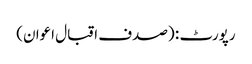
رپورٹ : (صدف اقبال اعوان)